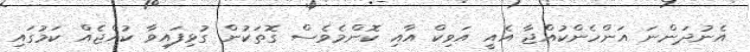
އެނުދަންނަ އަންހެންކުއްޖާ އެއީ އަވިކް އާއި ކޮންމެވެސް ގޮތަކުން ގުޅިފައިވާ ކުއްޖެއް ކަމުގައި